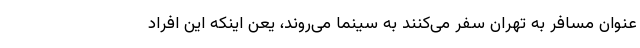
عنوان مسافر به تهران سفر می‌کنند به سینما می‌روند، یعن اینکه این افراد